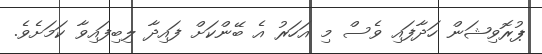
ޕުރޮވިޝަން ހަދާފައި ވެސް މި އަހަރު އެ ބޭންކަށް ފައިދާ ލިބިފައިވާ ކަމަށެވެ.